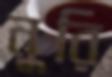
নুরি